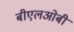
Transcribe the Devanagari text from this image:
बीएलओबी